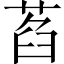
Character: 萏